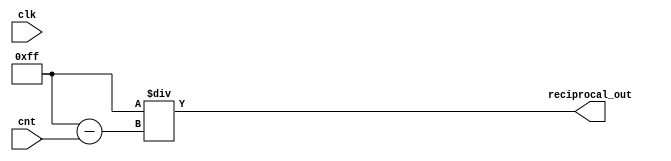
module Reciprocal(
    clk,
    cnt,
    reciprocal_out
);
input clk;
input [7:0] cnt;
output reg [7:0] reciprocal_out;

always @(cnt) begin
   reciprocal_out=8'd255/(8'd255-cnt);
end

endmodule